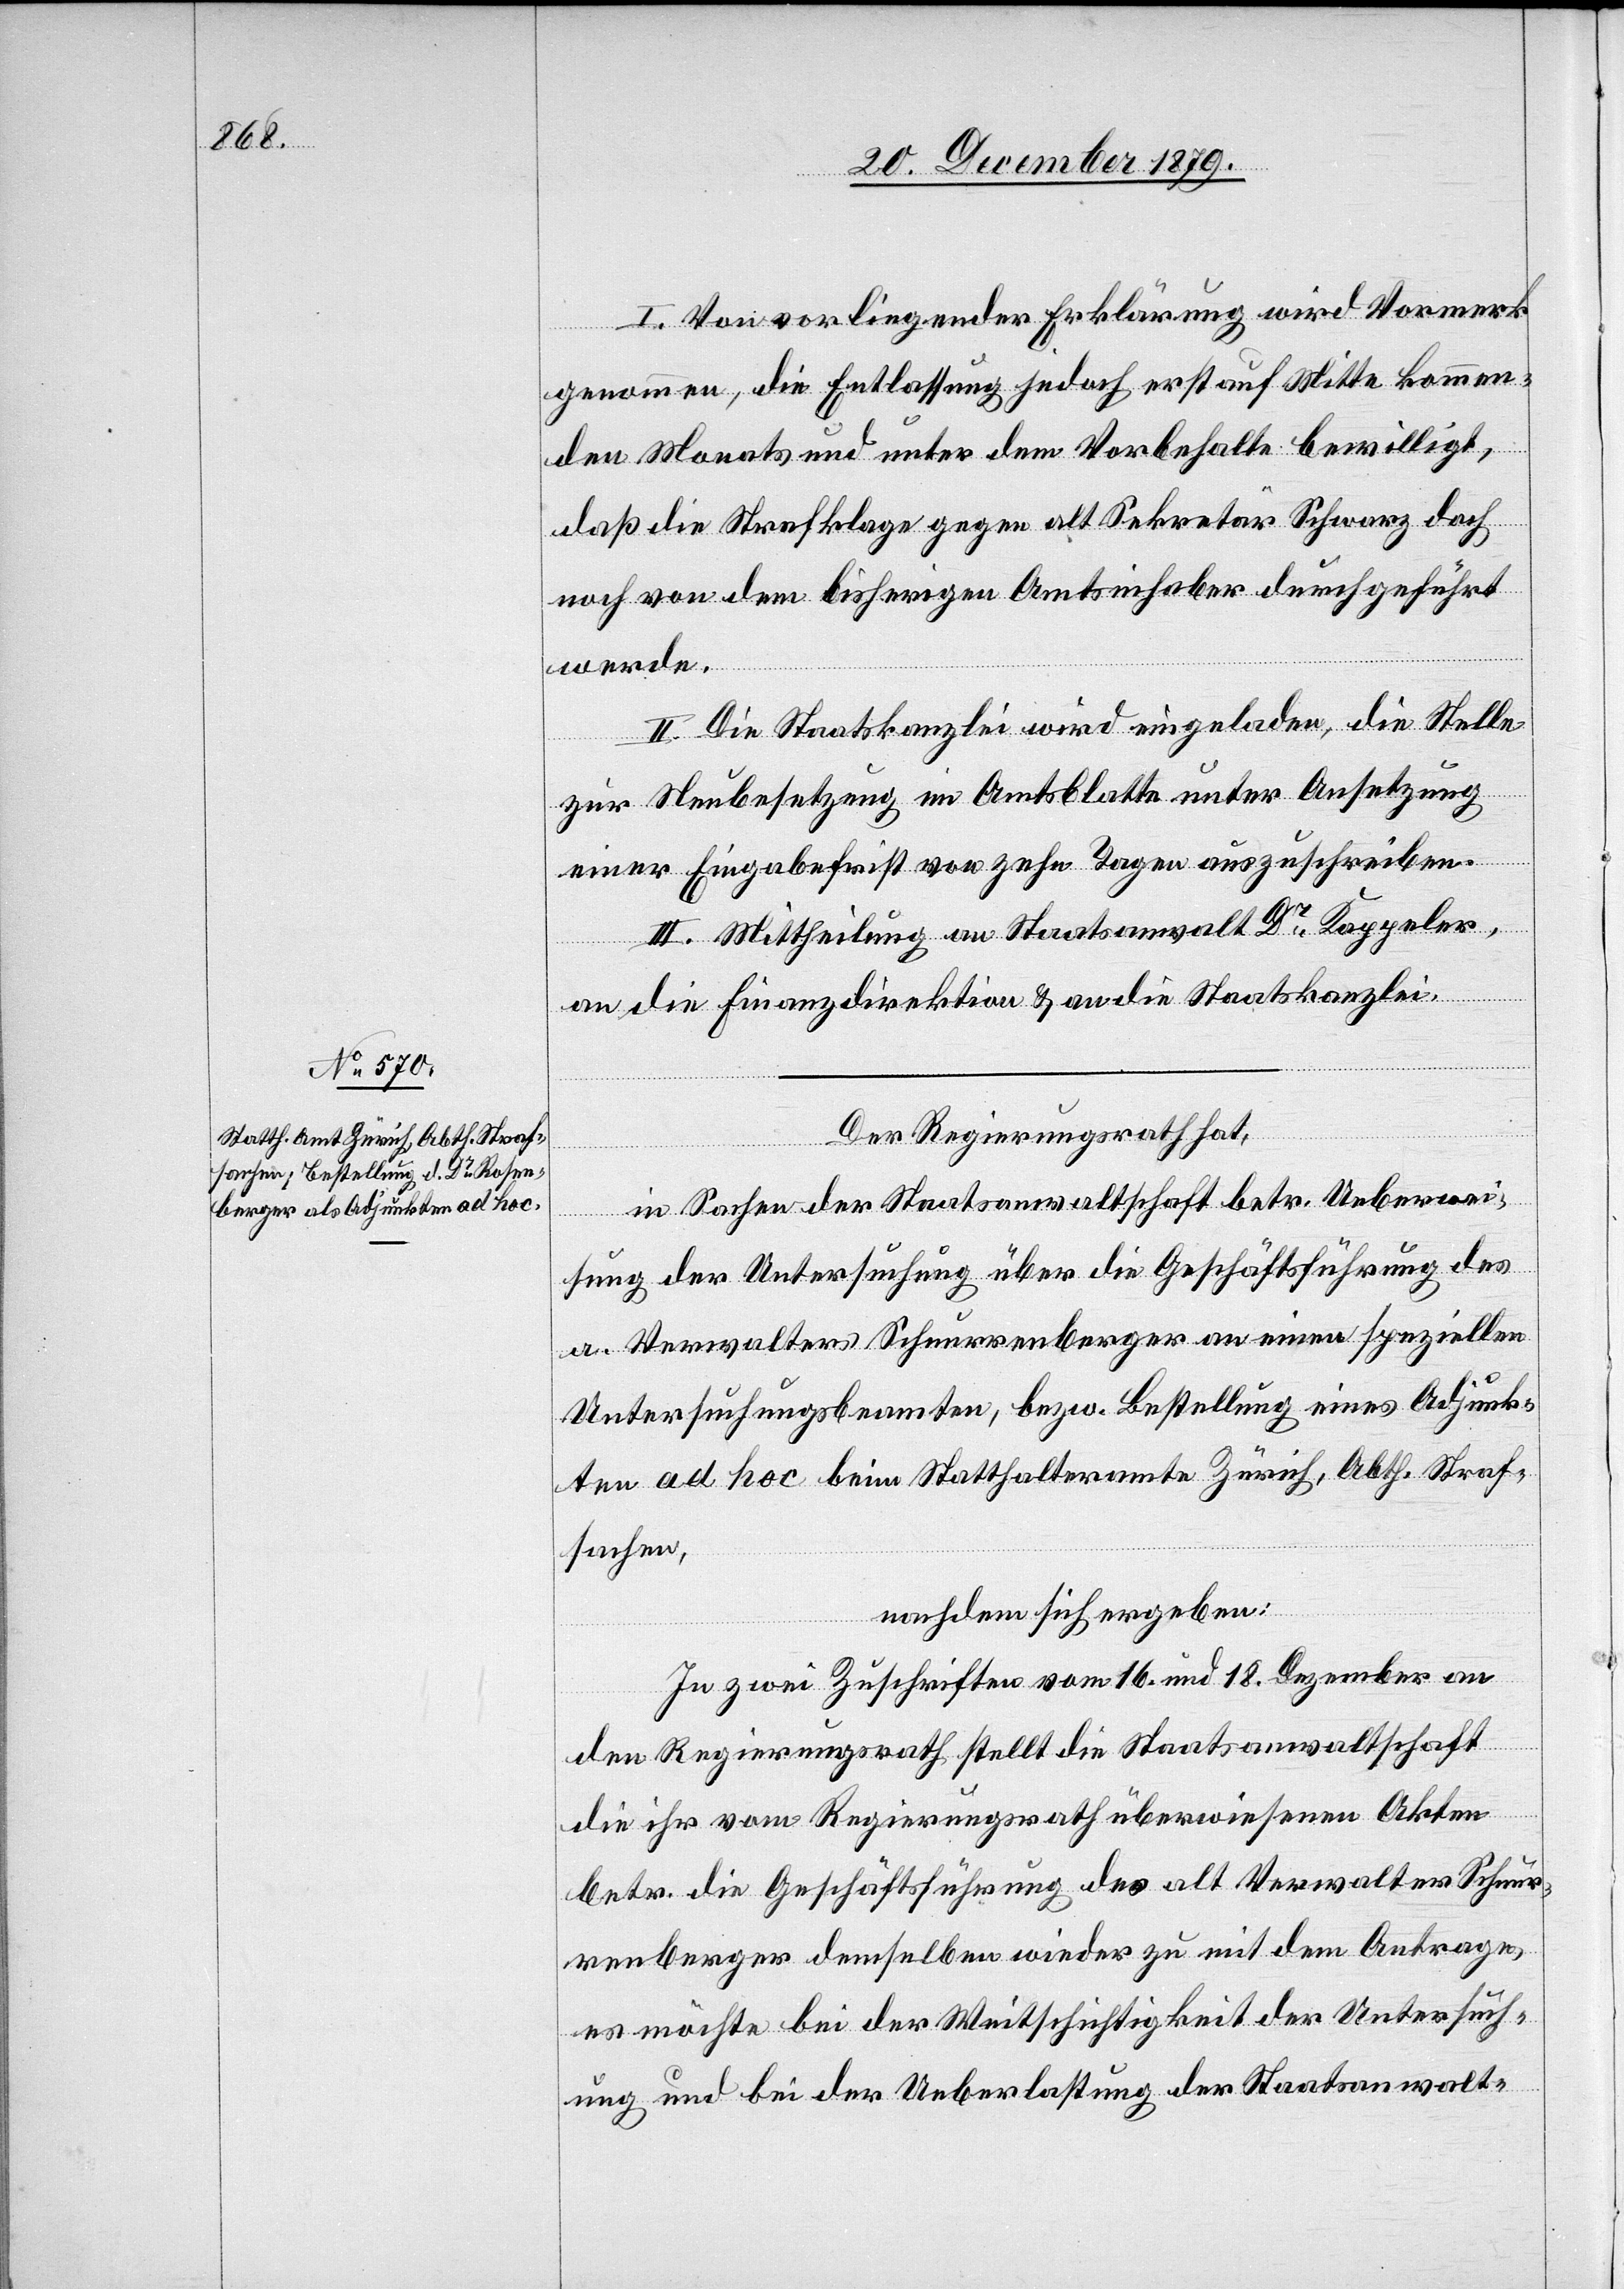
I. Von vorliegender Erklärung wird Vormerk
genommen, die Entlassung jedoch erst auf Mitte kommen¬
den Monats und unter dem Vorbehalte bewilligt,
daß die Strafklage gegen alt Sekretär Schwarz doch
noch von dem bisherigen Amtsinhaber durchgeführt
werde.
II. Die Staatskanzlei wird eingeladen, die Stelle
zur Neubesetzung im Amtsblatte unter Ansetzung
einer Eingabefrist von zehn Tagen auszuschreiben.
III. Mittheilung an Staatsanwalt Dr Kappeler,
an die Finanzdirektion & an die Staatskanzlei.
Der Regierungsrath hat,
in Sachen der Staatsanwaltschaft betr. Ueberwei¬
sung der Untersuchung über die Geschäftsführung des
a. Verwalters Schnurrenberger an einen speziellen
Untersuchungsbeamten, bezw. Bestellung eines Adjunk¬
ten ad hoc beim Statthalteramte Zürich, Abth. Straf¬
sachen,
nachdem sich ergeben:
In zwei Zuschriften vom 16. und19. Dezember an
den Regierungsrath stellt die Staatsanwaltschaft
die ihr vom Regierungsrath überwiesenen Akten
betr. die Geschäftsführung des alt Verwalters Schnur¬
renberger demselben wieder zu mit dem Antrage,
es möchte bei der Weitschichtigkeit der Untersuch¬
ung und bei der Ueberlastung der Staatsanwalt-